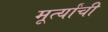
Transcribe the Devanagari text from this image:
मूर्त्यांची